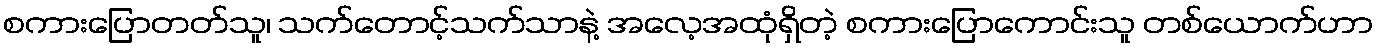
စကားပြောတတ်သူ၊ သက်တောင့်သက်သာနဲ့ အလေ့အထုံရှိတဲ့ စကားပြောကောင်းသူ တစ်ယောက်ဟာ